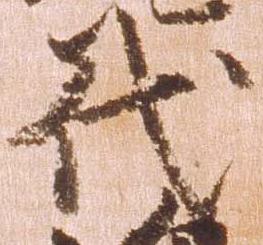
代